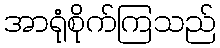
အာရုံစိုက်ကြသည်